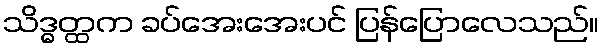
သိဒ္ဓတ္ထက ခပ်အေးအေးပင် ပြန်ပြောလေသည်။